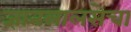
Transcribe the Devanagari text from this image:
ज्ञानलालसेचा